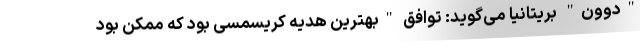
"دوون" بریتانیا می‌گوید: توافق "بهترین هدیه کریسمسی بود که ممکن بود